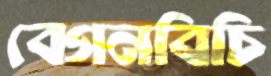
বেগনবিচি